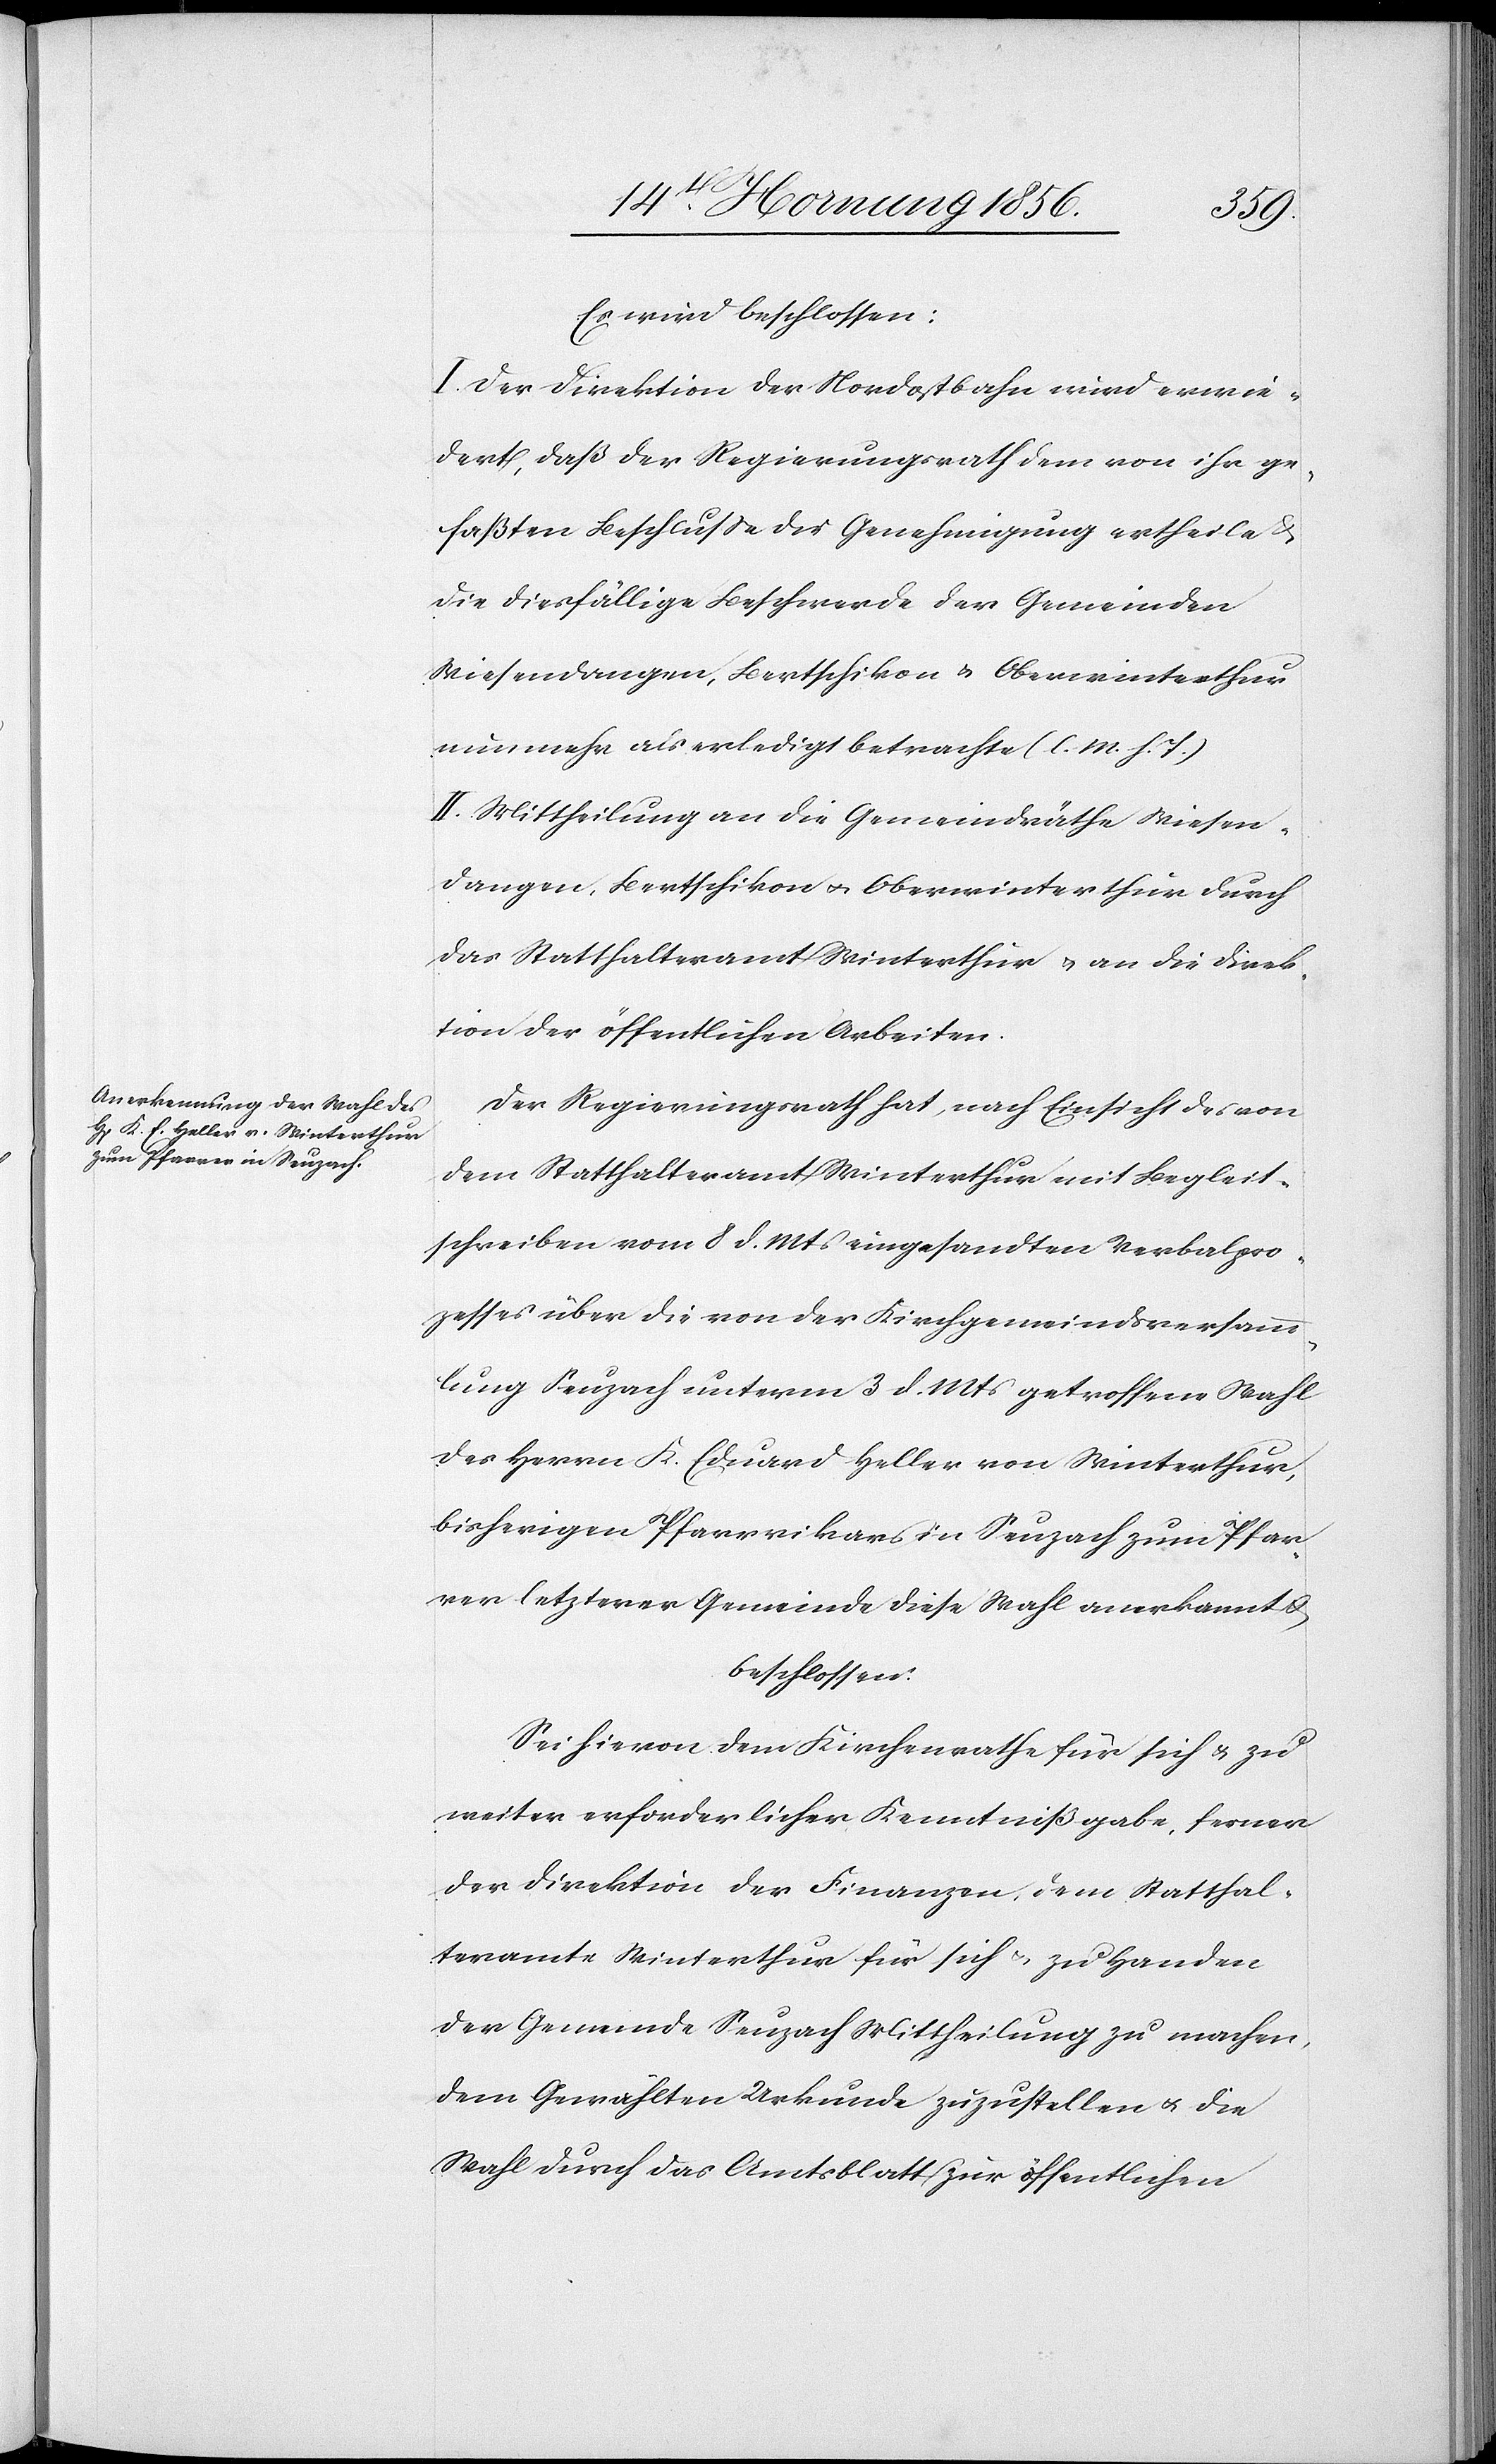
Es wird beschlossen:
I. Der Direktion der Nordostbahn wird erwie¬
dert, daß der Regierungsrath dem von ihr ge¬
faßten Beschluße die Genehmigung ertheile &
die diesfällige Beschwerde der Gemeinden
Wiesendangen, Bertschikon u. Oberwinterthur
nunmehr als erledigt betrachte (l. M. h. T.)
II. Mittheilung an die Gemeindräthe Wiesen¬
dangen, Bertschikon u. Oberwinterthur durch
das Statthalteramt Winterthur u. an die Direk¬
tion der öffentlichen Arbeiten.
Der Regierungsrath hat, nach Einsicht des von
dem Statthalteramt Winterthur mit Begleit¬
schreiben vom 8 d. Mts eingesandten Verbalpro¬
zesses über die von der Kirchgemeindsversamm¬
lung Seuzach unterm 3 d. Mts getroffene Wahl
des Herrn K. Eduard Heller von Winterthur,
bisherigen Pfarrvikar in Seuzach zum Pfar¬
rer letzterer Gemeinde diese Wahl anerkannt &
beschlossen:
Sei hievon dem Kirchenrathe für sich u. zu
weiter erforderlicher Kenntnißgabe, ferner
der Direktion der Finanzen, dem Statthal¬
teramte Winterthur für sich u. zu Handen
der Gemeinde Seuzach Mittheilung zu machen,
dem Gewählten Urkunde zuzustellen u. die
Wahl durch das Amtsblatt zur öffentlichen